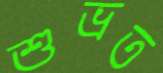
শুভ্রত